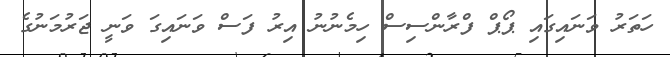
ހަތަރު ވަނައިގައި ޕޯޕް ފްރާންސިސް ހިމެނުނު އިރު ފަސް ވަނައިގަ ވަނީ ޖަރުމަނުގެ